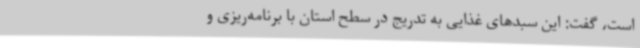
است، گفت: این سبدهای غذایی به تدریج در سطح استان با برنامه‌ریزی و